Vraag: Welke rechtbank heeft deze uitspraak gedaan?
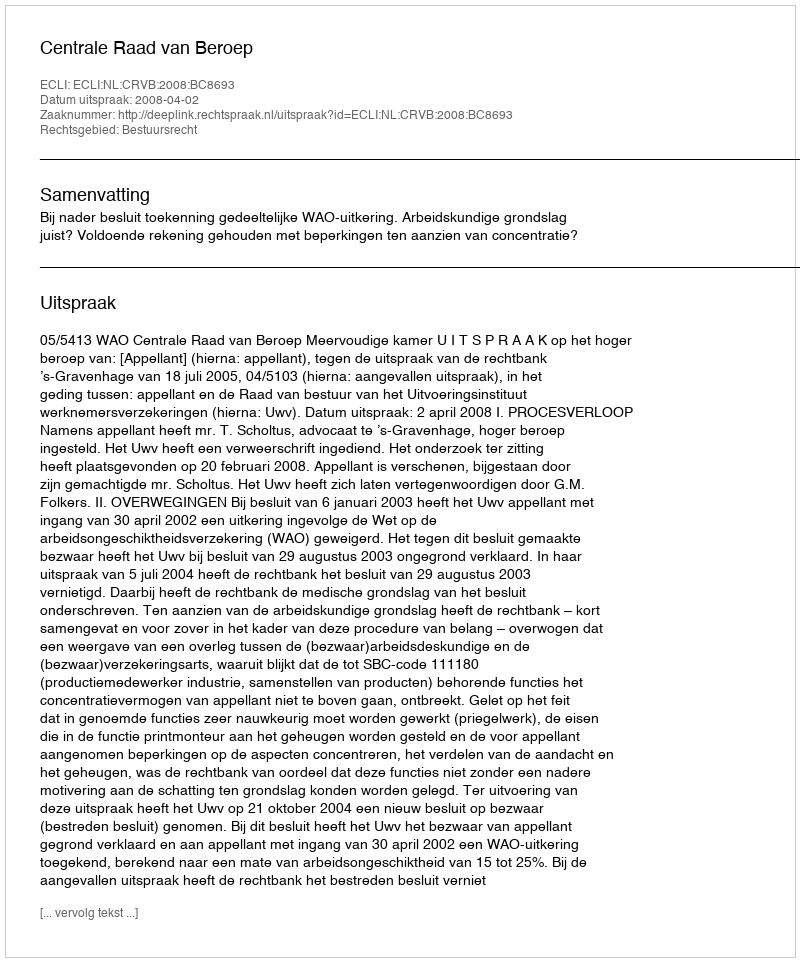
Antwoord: Centrale Raad van Beroep